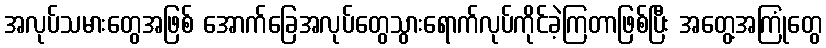
အလုပ်သမားတွေအဖြစ် အောက်ခြေအလုပ်တွေသွားရောက်လုပ်ကိုင်ခဲ့ကြတာဖြစ်ပြီး အတွေ့အကြုံတွေ